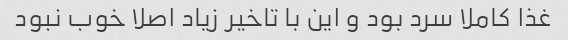
غذا کاملا سرد بود و این با تاخیر زیاد اصلا خوب نبود